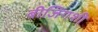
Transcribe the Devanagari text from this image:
बीजिंगशी